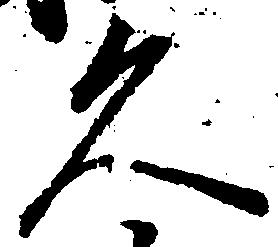
久